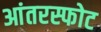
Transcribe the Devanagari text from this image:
आंतरस्फोट